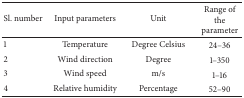
<table><thead><tr><td><b>Sl. number</b></td><td><b>Input parameters</b></td><td><b>Unit</b></td><td><b>Range of the parameter</b></td></tr></thead><tbody><tr><td>1</td><td>Temperature</td><td>Degree Celsius</td><td>24–36</td></tr><tr><td>2</td><td>Wind direction</td><td>Degree</td><td>1–350</td></tr><tr><td>3</td><td>Wind speed</td><td>m/s</td><td>1–16</td></tr><tr><td>4</td><td>Relative humidity</td><td>Percentage</td><td>52–90</td></tr></tbody></table>